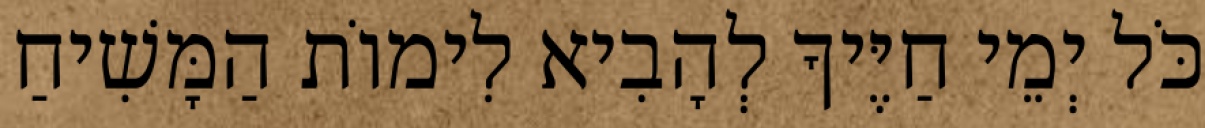
כֹּל יְמֵי חַיֶּיךָ לְהָבִיא לִימוֹת הַמָּשִׁיחַ